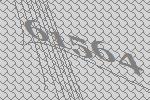
61564